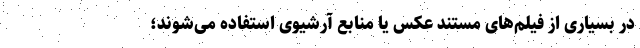
در بسیاری از فیلم‌های مستند عکس یا منابع آرشیوی استفاده می‌شوند؛